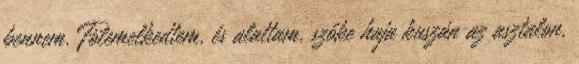
bennem. Fölemelkedtem, és alattam, szőke haja kuszán az asztalon,